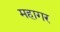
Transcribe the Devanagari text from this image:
महागर